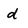
Character: d